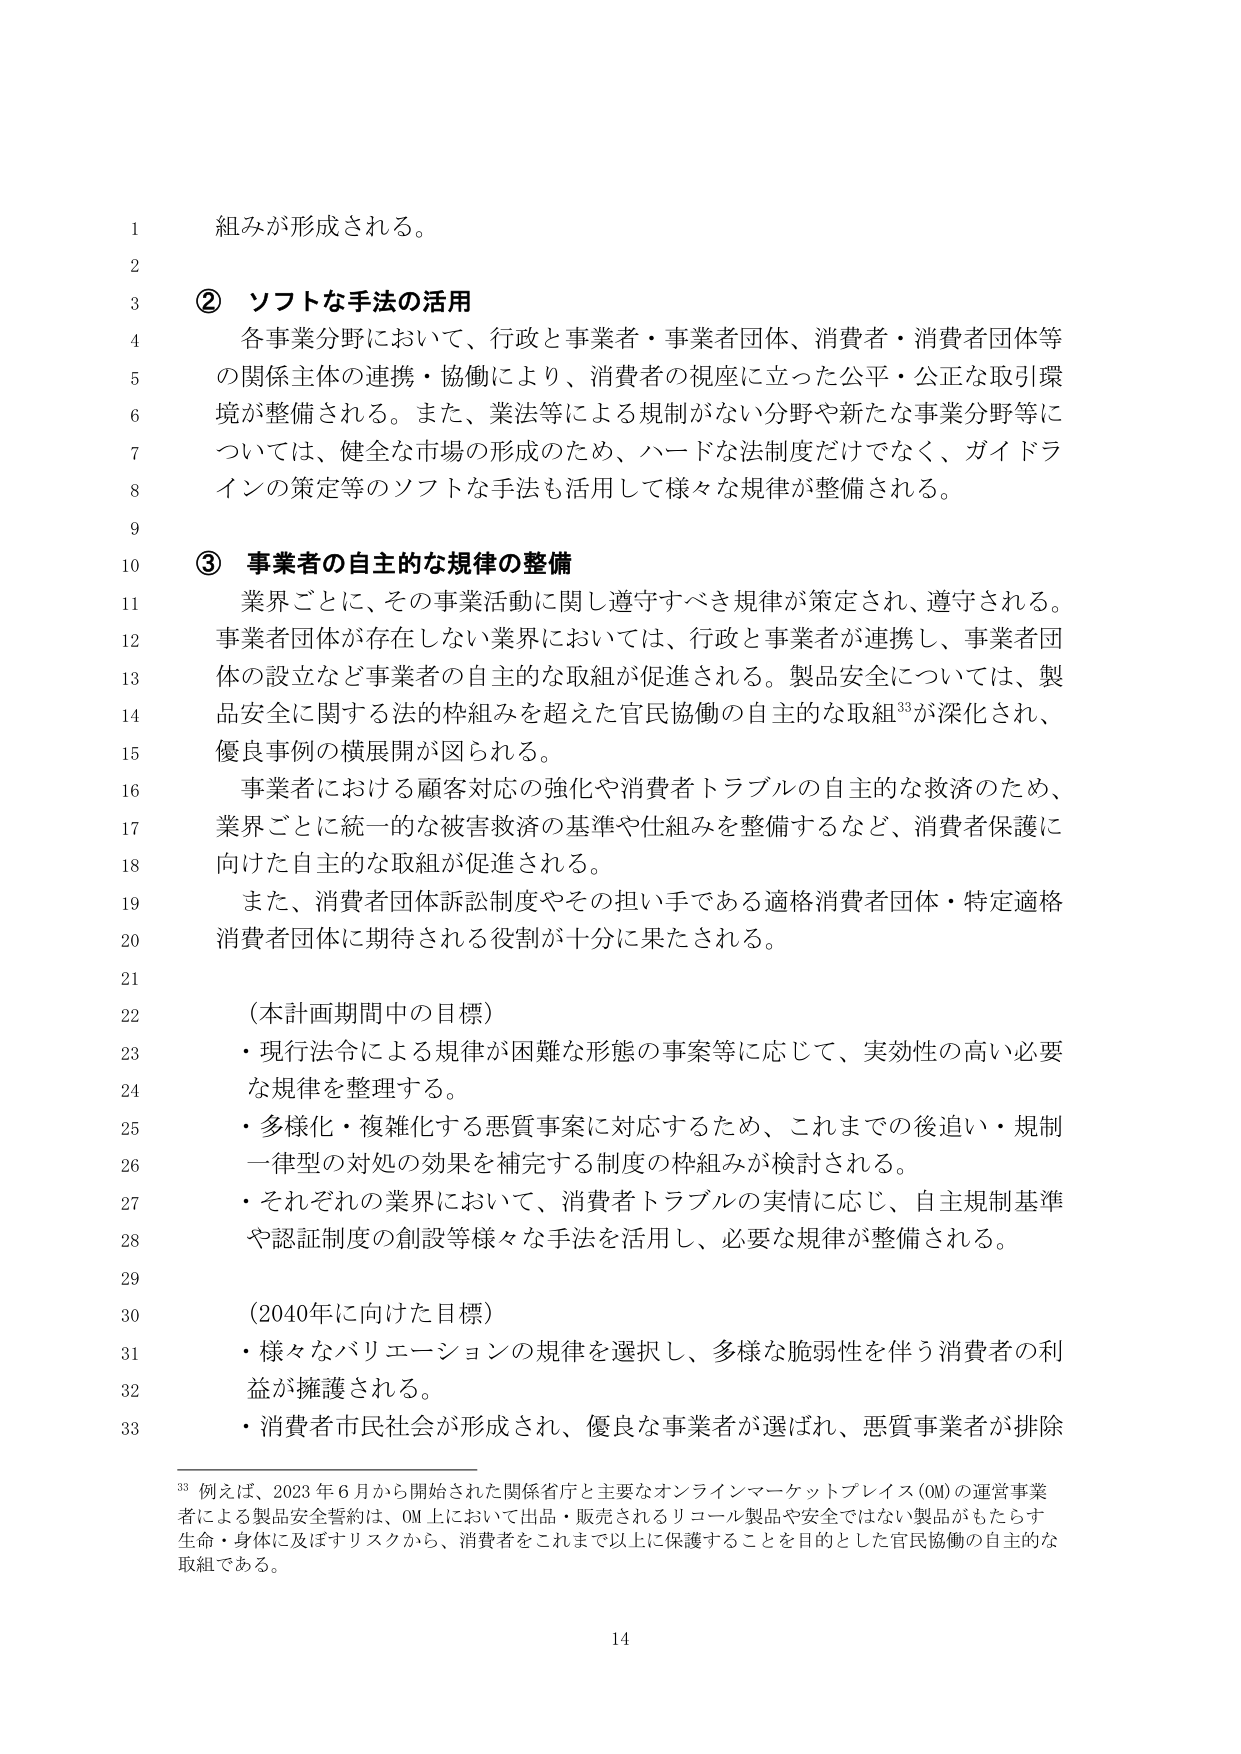
組みが形成される。

② ソフトな手法の活用
各事業分野において、行政と事業者・事業者団体、消費者・消費者団体等
の関係主体の連携・協働により、消費者の視座に立った公平・公正な取引環
境が整備される。また、業法等による規制がない分野や新たな事業分野等に
ついては、健全な市場の形成のため、ハードな法制度だけでなく、ガイドラ
インの策定等のソフトな手法も活用して様々な規律が整備される。

③ 事業者の自主的な規律の整備
業界ごとに、その事業活動に関し遵守すべき規律が策定され、遵守される。
事業者団体が存在しない業界においては、行政と事業者が連携し、事業者団
体の設立など事業者の自主的な取組が促進される。製品安全については、製
品安全に関する法的枠組みを超えた官民協働の自主的な取組³³が深化され、
優良事例の横展開が図られる。
事業者における顧客対応の強化や消費者トラブルの自主的な救済のため、
業界ごとに統一的な被害救済の基準や仕組みを整備するなど、消費者保護に
向けた自主的な取組が促進される。
また、消費者団体訴訟制度やその担い手である適格消費者団体・特定適格
消費者団体に期待される役割が十分に果たされる。

（本計画期間中の目標）
・現行法令による規律が困難な形態の事案等に応じて、実効性の高い必要
な規律を整理する。
・多様化・複雑化する悪質事案に対応するため、これまでの後追い・規制
一律型の対処の効果を補完する制度の枠組みが検討される。
・それぞれの業界において、消費者トラブルの実情に応じ、自主規制基準
や認証制度の創設等様々な手法を活用し、必要な規律が整備される。

（2040年に向けた目標）
・様々なバリエーションの規律を選択し、多様な脆弱性を伴う消費者の利
益が擁護される。
・消費者市民社会が形成され、優良な事業者が選ばれ、悪質事業者が排除

³³ 例えば、2023年6月から開始された関係省庁と主要なオンラインマーケットプレイス（OM）の運営事業
者による製品安全誓約は、OM上において出品・販売されるリコール製品や安全ではない製品がもたらす
生命・身体に及ぼすリスクから、消費者をこれまで以上に保護することを目的とした官民協働の自主的な
取組である。

14